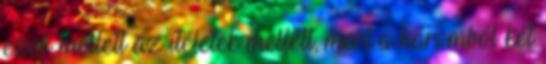
ezek mellett az ítéletek mellett, mert a háromból két